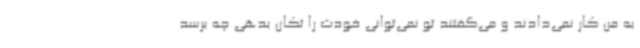
به من کار نمی‌دادند و می‌گفتند تو نمی‌توانی خودت را تکان بدهی چه برسد